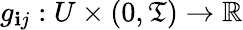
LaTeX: g_{\mathbf{i}j}:U\times(0,\mathfrak{T})\to\mathbb{{R}}